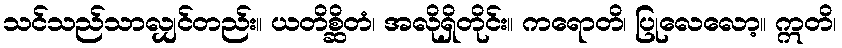
သင်သည်သာလျှင်တည်း။ ယတိစ္ဆိတံ၊ အလိုရှိတိုင်း။ ကရောတိ၊ ပြုလေလော့။ ဣတိ၊